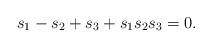
LaTeX: \begin{gather*}s_1 -s_2 +s_3 + s_1s_2s_3 =0.\end{gather*}